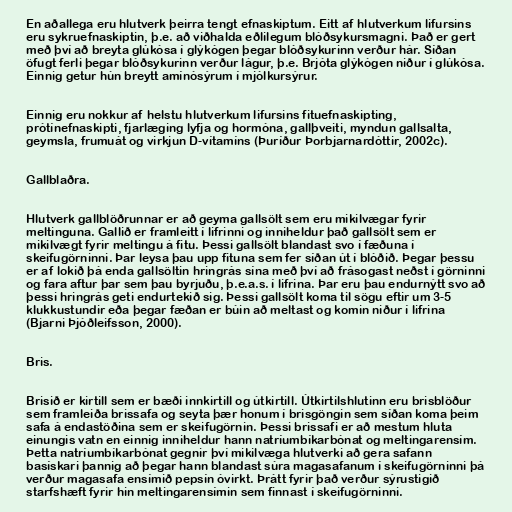
En aðallega eru hlutverk þeirra tengt efnaskiptum. Eitt af hlutverkum lifursins
eru sykruefnaskiptin, þ.e. að viðhalda eðlilegum blóðsykursmagni. Það er gert
með því að breyta glúkósa í glýkógen þegar blóðsykurinn verður hár. Síðan
öfugt ferli þegar blóðsykurinn verður lágur, þ.e. Brjóta glýkógen niður í glúkósa.
Einnig getur hún breytt amínósýrum í mjólkursýrur.

Einnig eru nokkur af helstu hlutverkum lifursins fituefnaskipting,
prótínefnaskipti, fjarlæging lyfja og hormóna, gallþveiti, myndun gallsalta,
geymsla, frumuát og virkjun D-vítamíns (Þuríður Þorbjarnardóttir, 2002c).

Gallblaðra.

Hlutverk gallblöðrunnar er að geyma gallsölt sem eru mikilvægar fyrir
meltinguna. Gallið er framleitt í lifrinni og inniheldur það gallsölt sem er
mikilvægt fyrir meltingu á fitu. Þessi gallsölt blandast svo í fæðuna í
skeifugörninni. Þar leysa þau upp fituna sem fer síðan út í blóðið. Þegar þessu
er af lokið þá enda gallsöltin hringrás sína með því að frásogast neðst í görninni
og fara aftur þar sem þau byrjuðu, þ.e.a.s. í lifrina. Þar eru þau endurnýtt svo að
þessi hringrás geti endurtekið sig. Þessi gallsölt koma til sögu eftir um 3-5
klukkustundir eða þegar fæðan er búin að meltast og komin niður í lifrina
(Bjarni Þjóðleifsson, 2000).

Bris.

Brisið er kirtill sem er bæði innkirtill og útkirtill. Útkirtilshlutinn eru brisblöður
sem framleiða brissafa og seyta þær honum í brisgöngin sem síðan koma þeim
safa á endastöðina sem er skeifugörnin. Þessi brissafi er að mestum hluta
einungis vatn en einnig inniheldur hann natríumbíkarbónat og meltingarensím.
Þetta natríumbíkarbónat gegnir því mikilvæga hlutverki að gera safann
basískari þannig að þegar hann blandast súra magasafanum í skeifugörninni þá
verður magasafa ensímið pepsín óvirkt. Þrátt fyrir það verður sýrustigið
starfshæft fyrir hin meltingarensímin sem finnast í skeifugörninni.